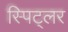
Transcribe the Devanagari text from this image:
स्पिट्लर